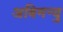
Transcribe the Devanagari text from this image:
अबिमन्यु